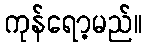
ကုန်ရော့မည်။